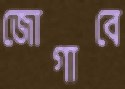
জোগাবে